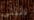
تثبتي